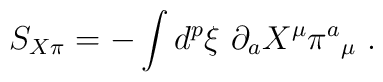
S_{X\pi }=-\int d^{p}\xi \ \partial _{a}X^{\mu }\pi ^{a}{_{\mu }}\ .